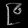
Digit: ၉